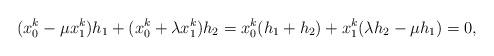
LaTeX: \begin{align*} (x_0^k-\mu x_1^k)h_1+(x_0^k+\lambda x_1^k)h_2 = x_0^k(h_1+h_2)+x_1^k(\lambda h_2-\mu h_1) = 0,\end{align*}